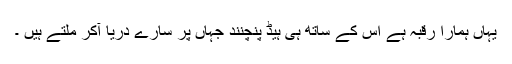
یہاں ہمارا رقبہ ہے اس کے ساتھ ہی ہیڈ پنچنند جہاں پر سارے دریا آکر ملتے ہیں ۔